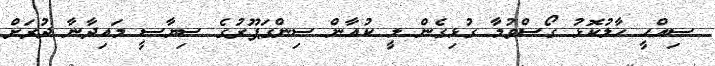
ސިއްހީ ހާލުކޮޅު ގޯސްވުމާ ގުޅިގެން ލީ ކުއާން ސިންގަޕޫރުގެ ސިޔާސީ މައިދާނާ ދުރަށް